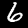
Digit: 6